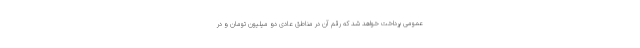
عمومی پرداخت خواهد شد که رقم آن در مناطق عادی دو میلیون تومان و در